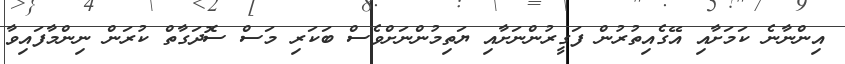
އިންނާނެ ކަމަށާއި އޭގެއިތުރުން ފަގީރުންނަށާއި ޔަތިމުންނަށްވެސް ބަކަރި މަސް ސޮދަގާތް ކުރަން ނިންމާފައިވާ